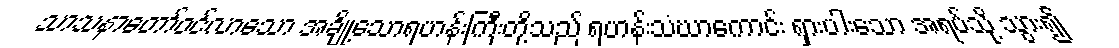
သာသနာတော်ဝင်လာသော အချို့သောရဟန်းကြီးတို့သည် ရဟန်းသံဃာကောင်း ရှားပါးသော အရပ်သို့ သွား၍